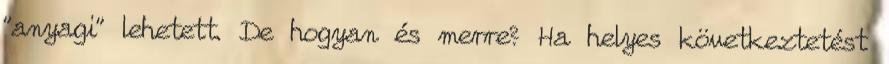
"anyagi" lehetett. De hogyan és merre? Ha helyes következtetést